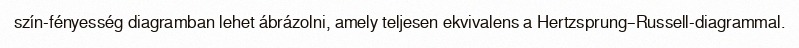
szín-fényesség diagramban lehet ábrázolni, amely teljesen ekvivalens a Hertzsprung–Russell-diagrammal.